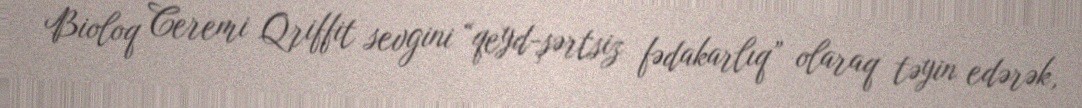
Bioloq Ceremi Qriffit sevgini “qeyd-şərtsiz fədakarlıq” olaraq təyin edərək,